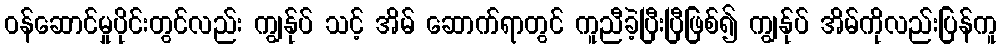
ဝန်ဆောင်မှုပိုင်းတွင်လည်း ကျွန်ုပ် သင့် အိမ် ဆောက်ရာတွင် ကူညီခဲ့ပြီးပြီဖြစ်၍ ကျွန်ုပ် အိမ်ကိုလည်းပြန်ကူ